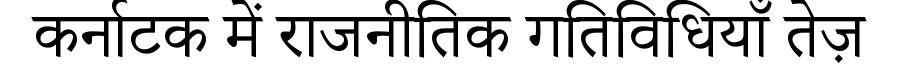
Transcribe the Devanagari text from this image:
कर्नाटक में राजनीतिक गतिविधियाँ तेज़